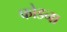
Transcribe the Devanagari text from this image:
फोडना